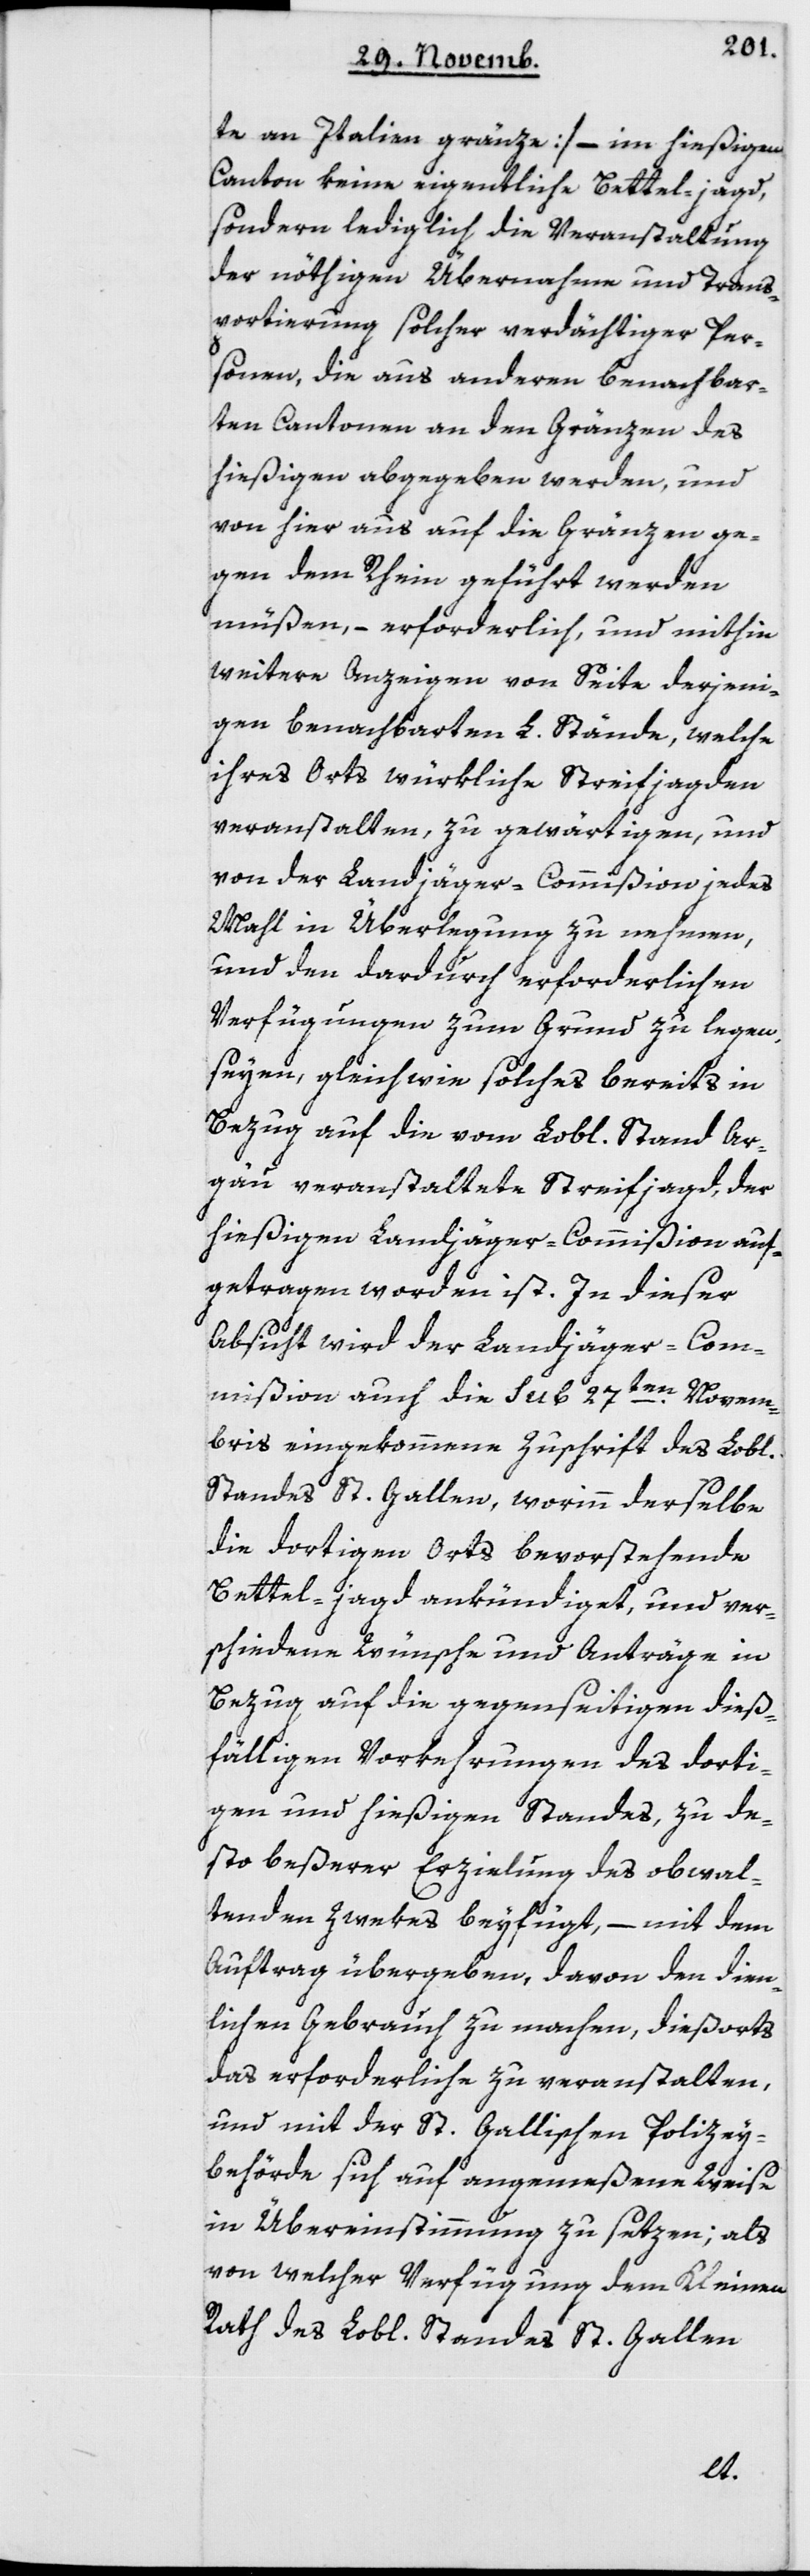
te an Italien gränze] – im hießigen
Canton keine eigentliche Betteljagd,
sondern lediglich die Veranstaltung
der nöthigen Übernahme und Trans¬
portierung solcher verdächtiger Per¬
sonen, die aus anderen benachbar¬
ten Cantonen an den Gränzen des
hießigen abgegeben werden, und
von hier aus auf die Gränzen ge¬
gen den Rhein geführt werden
müßen, – erforderlich, und mithin
weitere Anzeigen von Seite derjeni¬
gen benachbarten L. Stände, welche
ihres Orts würkliche Streifjagden
veranstalten, zu gewärtigen, und
von der Landjäger-Commißion jedes
Mahl in Überlegung zu nehmen,
und den dardurch erforderlichen
Verfügungen zum Grund zu legen
seyen, gleichwie solches bereits in
Bezug auf die vom L. Stand Ar¬
gau veranstaltete Streifjagd, der
hießigen Landjäger-Commißion auf¬
getragen worden ist. In dieser
Absicht wird der Landjäger-Com¬
mißion auch die sub 27ten Novem¬
bris eingekommene Zuschrift des Lobl.
Standes St. Gallen, worinn derselbe
die dortigen Orts bevorstehende
Bettel-jagd ankündiget, und ver¬
schiedene Wünsche und Anträge in
Bezug auf die gegenseitigen dieß¬
fälligen Vorkehrungen des dorti¬
gen und hießigen Standes, zu de¬
sto beßerer Erzielung des obwal¬
tenden Zwekes beyfügt, – mit dem
Auftrag übergeben, davon den dien¬
lichen Gebrauch zu machen, diesorts
das Erforderliche zu veranstalten,
und mit der St. Gallischen Polizey¬
behörde sich auf angemeßene Weise
in Übereinstimmung zu setzen; als
von welcher Verfügung dem Kleinen
Rath des Lobl. Standes St. Gallen